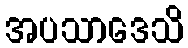
အပသာဒေသိ